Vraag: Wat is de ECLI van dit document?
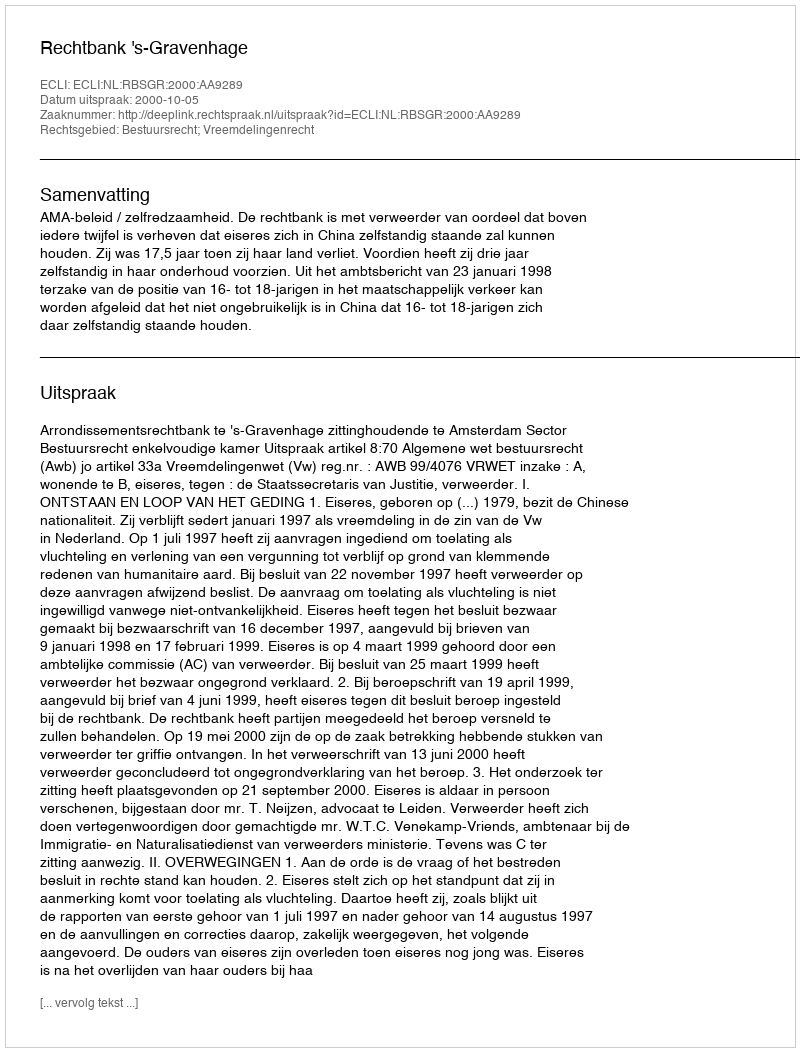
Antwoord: ECLI:NL:RBSGR:2000:AA9289